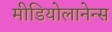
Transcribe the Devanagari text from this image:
मीडियोलानेन्स